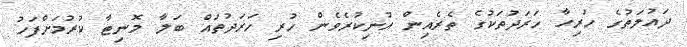
ދައުލަތުގެ ހުރިހާ ހަރަދުތަކުގެ ތެރެއިން އުނިކުރެވެން ހުރި ހަރަދުތައް ބަލާ މޮނިޓާ ކުރުމަށްފަހު